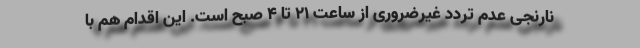
نارنجی عدم تردد غیرضروری از ساعت ۲۱ تا ۴ صبح است. این اقدام هم با